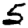
Digit: 5